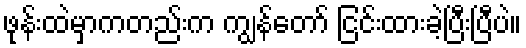
ဖုန်းထဲမှာကတည်းက ကျွန်တော် ငြင်းထားခဲ့ပြီးပြီပဲ။